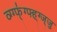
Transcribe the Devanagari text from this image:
व्ग्ग्फ्॑ग्फ्ह्ग्ज्जु